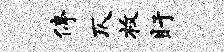
停仄枚盱